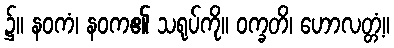
၌။ နဝကံ၊ နဝက၏ သရုပ်ကို။ ဝက္ခတိ၊ ဟောလတ္တံ့။